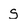
Character: S